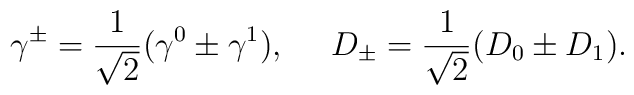
\gamma^\pm = {1\over \sqrt{2}} (\gamma^0 \pm \gamma^1),\,\,\,\,\,\,\,\, D_\pm =  {1\over \sqrt{2}} (D_0 \pm D_1).